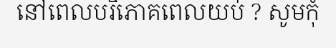
នៅពេលបរិភោគពេលយប់ ? សូមកុំ